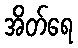
အိတ်ရေ